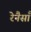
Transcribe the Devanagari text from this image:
रेनैसाँ